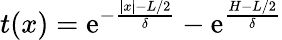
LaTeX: t(x)=\mathrm{e}^{-\frac{|x|-L/2}{\delta}}-\mathrm{e}^{\frac{H-L/2}{\delta}}